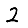
Digit: 2